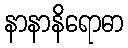
နာနာနိရောဓာ